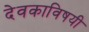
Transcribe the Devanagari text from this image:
देवकाविषयी